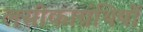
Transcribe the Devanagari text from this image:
लसीकाग्रंथियों